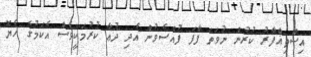
އިސްތިޣްފާރު ކުރުން ނުވަތަ ފާފަ ފުއްސެވުން އެދި ދުޢާ ކުރުމަކީވެސް އެކަމުގެ ހެޔޮ